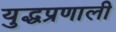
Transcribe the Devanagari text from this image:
युद्धप्रणाली